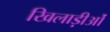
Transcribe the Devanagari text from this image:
खिलाड़ीओं